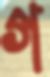
গ